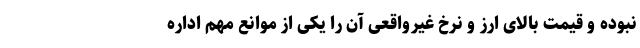
نبوده و قیمت بالای ارز و نرخ غیرواقعی آن را یکی از موانع مهم اداره